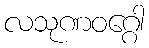
လသုဏဝဂ္ဂေါ